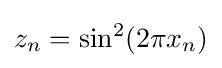
z_{n}=\sin ^{2}(2\pi x_{n})